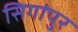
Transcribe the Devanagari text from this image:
सिगांपुर